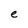
Character: e